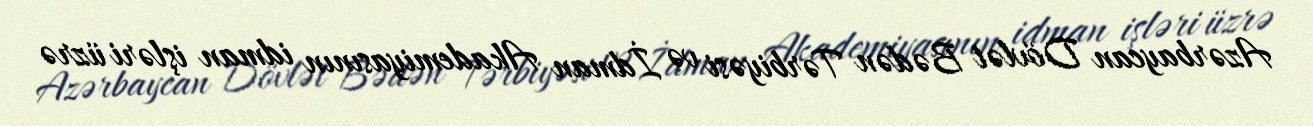
Azərbaycan Dövlət Bədən Tərbiyəsi və İdman Akademiyasının idman işləri üzrə